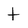
Character: t